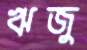
ঋজু